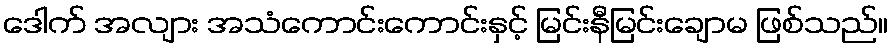
ဒေါက် အလျား အသံကောင်းကောင်းနှင့် မြင်းနီမြင်းချောမ ဖြစ်သည်။